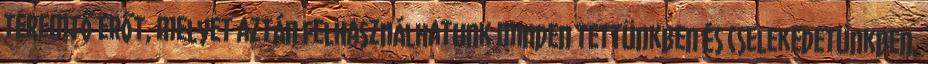
teremtő erőt, melyet aztán felhasználhatunk minden tettünkben és cselekedetünkben,